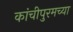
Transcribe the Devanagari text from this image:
कांचीपुरमच्या